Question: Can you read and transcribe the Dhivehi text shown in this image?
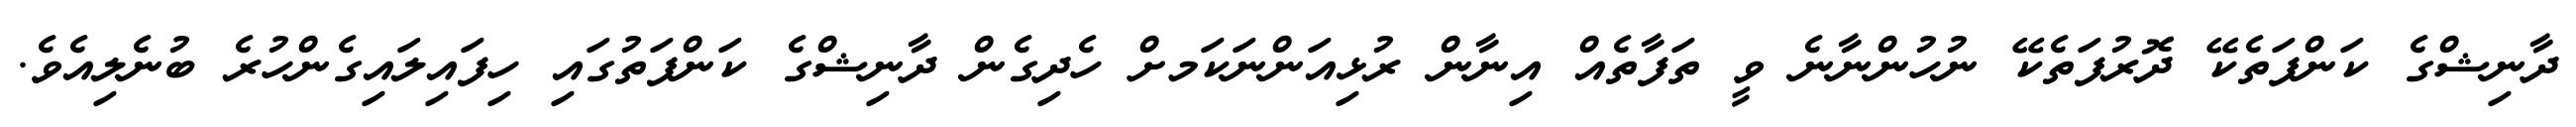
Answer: ދާނިޝްގެ ކަންފަތެކޭ ދޮރުފަތެކޭ ނުހުންނާނެ ވީ ތަފާތެއް އިނާން ރުޅިއަންނަކަމށް ހެދިގެން ދާނިޝްގެ ކަންފަތުގައި ހިފައިލައިގެންހުރެ ބުނެލިއެވެ.